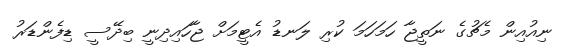
ނިއުއިން މެޗުގެ ނަތީޖާ ހަމަހަމަ ކުރި ލަނޑު އެޓީމަށް ޖާހައިދިނީ ބިދޭސީ ޑިފެންޑަރު